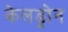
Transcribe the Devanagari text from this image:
केलड्रोन